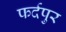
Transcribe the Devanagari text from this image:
फर्दपुर